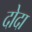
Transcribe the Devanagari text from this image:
दोदा